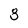
Character: 8